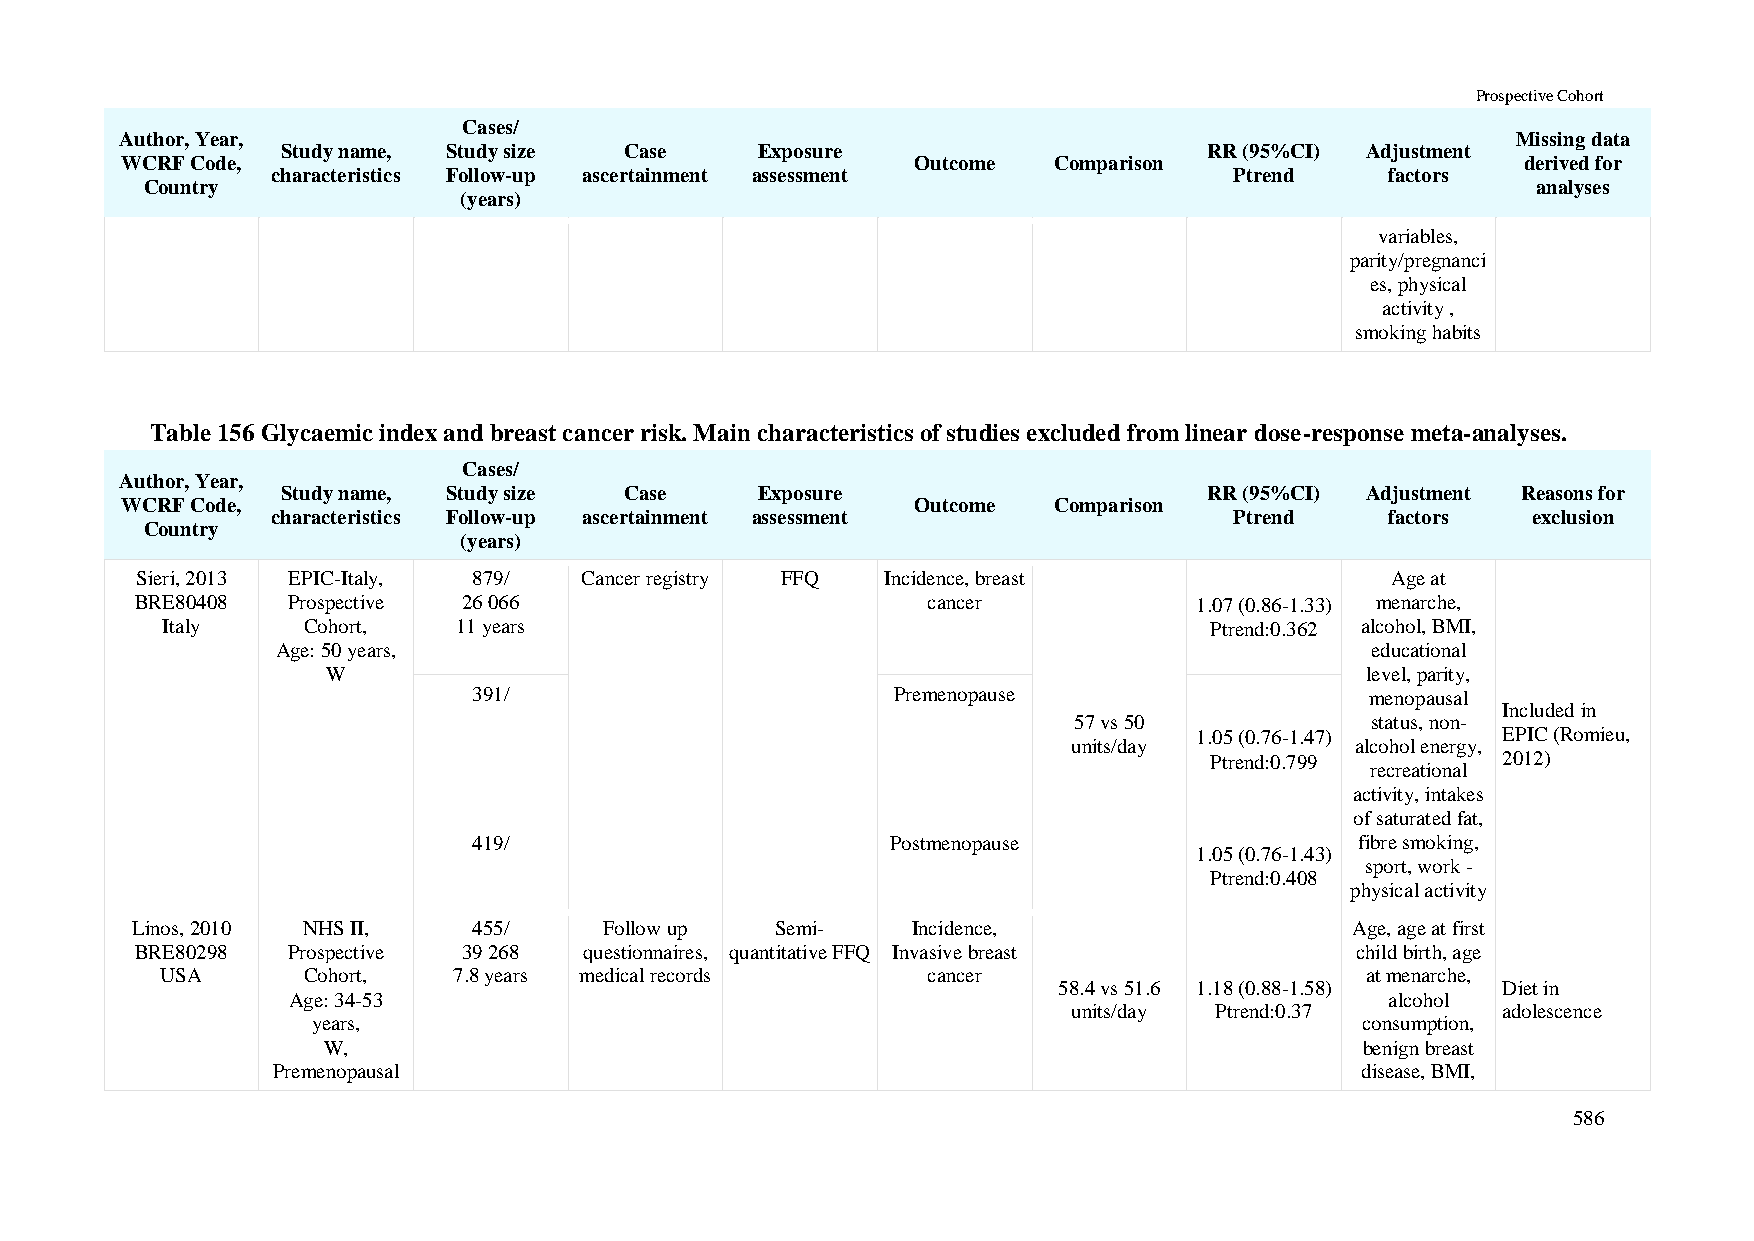
Prospective Cohort
 Cases/
 Author, Year,                                                                               Missing data
 Study name, Study size Case    Exposure                      RR (95%CI) Adjustment
 WCRF Code,                                           Outcome  Comparison                     derived for
 characteristics Follow-up ascertainment assessment              Ptrend    factors
 Country                                                                                     analyses
 (years)
 variables,
 parity/pregnanci
 es, physical
 activity ,
 smoking habits
 Table 156 Glycaemic index and breast cancer risk. Main characteristics of studies excluded from linear dose-response meta-analyses.
 Cases/
 Author, Year,
 Study name, Study size Case    Exposure                      RR (95%CI) Adjustment Reasons for
 WCRF Code,                                           Outcome  Comparison
 characteristics Follow-up ascertainment assessment              Ptrend    factors  exclusion
 Country
 (years)
 Sieri, 2013 EPIC-Italy, 879/ Cancer registry FFQ  Incidence, breast                Age at
 BRE80408  Prospective 26 066                        cancer            1.07 (0.86-1.33) menarche,
 Italy    Cohort,   11 years                                          Ptrend:0.362 alcohol, BMI,
 Age: 50 years,                                                           educational
 W                                                                   level, parity,
 391/                        Premenopause                    menopausal
 Included in
 57 vs 50            status, non-
 1.05 (0.76-1.47)    EPIC (Romieu,
 units/day          alcohol energy,
 Ptrend:0.799       2012)
 recreational
 activity, intakes
 of saturated fat,
 419/                        Postmenopause                  fibre smoking,
 1.05 (0.76-1.43)
 sport, work -
 Ptrend:0.408
 physical activity
 Linos, 2010 NHS II,   455/     Follow up  Semi-    Incidence,                    Age, age at first
 BRE80298  Prospective 39 268  questionnaires, quantitative FFQ Invasive breast   child birth, age
 USA      Cohort,   7.8 years medical records      cancer                       at menarche,
 58.4 vs 51.6 1.18 (0.88-1.58) Diet in
 Age: 34-53                                                               alcohol
 units/day Ptrend:0.37       adolescence
 years,                                                               consumption,
 W,                                                                   benign breast
 Premenopausal                                                           disease, BMI,
 586